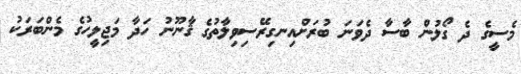
މެސީގެ ދެ ގޯލުން ބާސާ ދެވަނަ ބުރަށްއިނގިރޭސިވިލާތުގެ ޤާނޫނު ހަދާ މަޖިލީހުގެ މެންބަރަކު